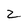
Character: 2